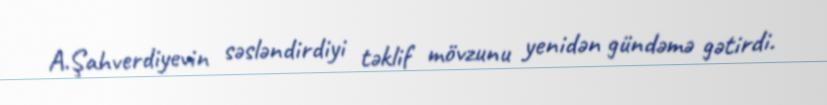
A.Şahverdiyevin səsləndirdiyi təklif mövzunu yenidən gündəmə gətirdi.